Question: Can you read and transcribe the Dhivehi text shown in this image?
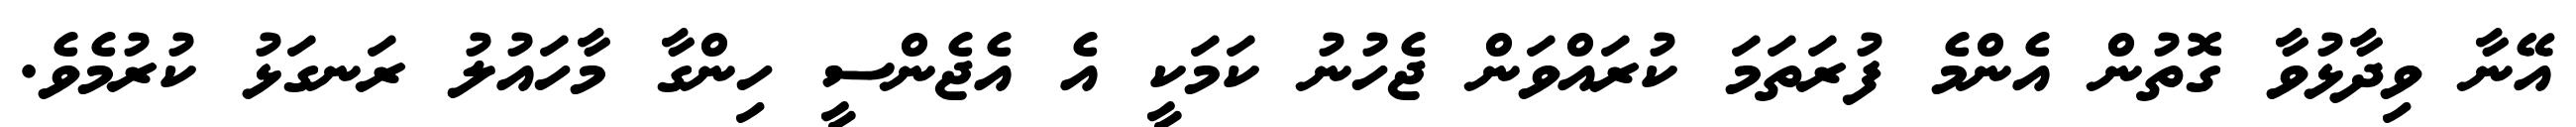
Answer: އޭނާ ވިދާޅުވާ ގޮތުން އެންމެ ފުރަތަމަ ކުރައްވަން ޖެހުނު ކަމަކީ އެ އެޖެންސީ ހިންގާ މާހައުލު ރަނގަޅު ކުރުމެވެ.